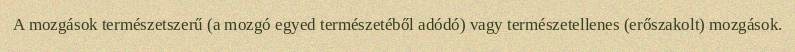
A mozgások természetszerű (a mozgó egyed természetéből adódó) vagy természetellenes (erőszakolt) mozgások.